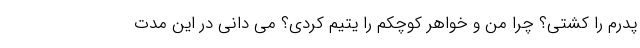
پدرم را کشتی؟ چرا من و خواهر کوچکم را یتیم کردی؟ می دانی در این مدت